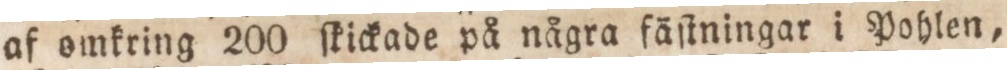
af omkring 200 ſkickade på några fäſtningar i Pohlen,